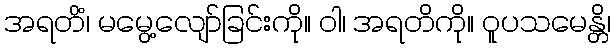
အရတိံ၊ မမွေ့လျော်ခြင်းကို။ ဝါ၊ အရတိကို။ ဝူပသမေန္တိ၊